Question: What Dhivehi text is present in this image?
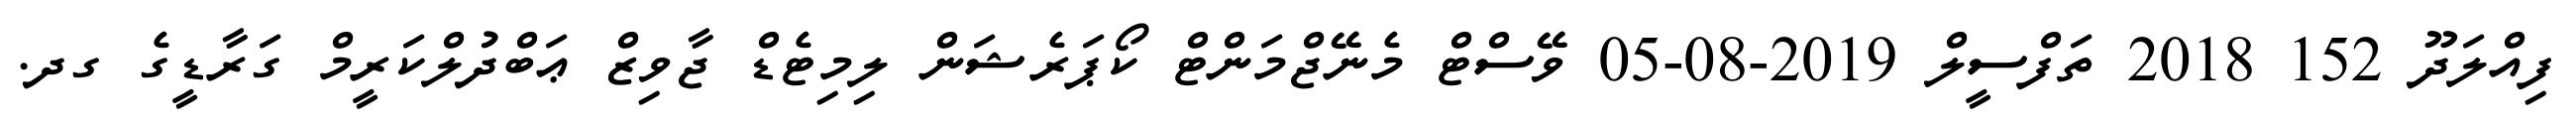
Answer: ފިއްލަދޫ 152 2018 ތަފްސީލް 2019-08-05 ވޭސްޓް މެނޭޖްމަންޓް ކޯޕަރެޝަން ލިމިޓެޑް ޖާވިޒް ޢަބްދުލްކަރީމް ގަރާޑީގެ ގދ.